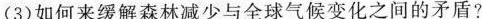
(3)如何来缓解森林减少与全球气候变化之间的矛盾?